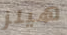
هيلز